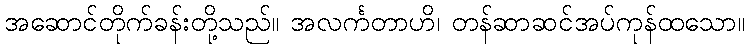
အဆောင်တိုက်ခန်းတို့သည်။ အလင်္ကတာဟိ၊ တန်ဆာဆင်အပ်ကုန်ထသော။